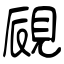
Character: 覛